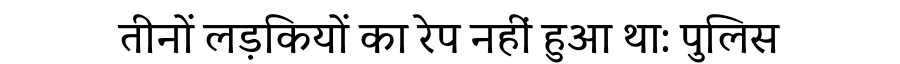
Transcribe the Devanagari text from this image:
तीनों लड़कियों का रेप नहीं हुआ था: पुलिस